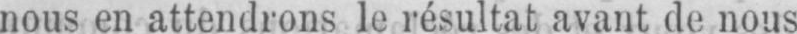
nous en attendrons le résultat avant de nous